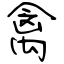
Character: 禽